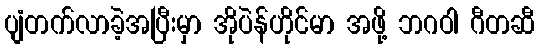
ပျံတက်လာခဲ့အပြီးမှာ အိုပဲန်ဟိုင်မာ အဖို့ ဘဂဝါ ဂီတဆီ